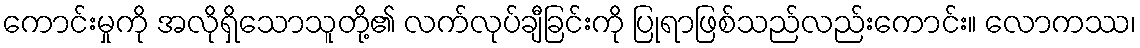
ကောင်းမှုကို အလိုရှိသောသူတို့၏ လက်လုပ်ချီခြင်းကို ပြုရာဖြစ်သည်လည်းကောင်း။ လောကဿ၊